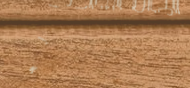
محل بيع منتجات العناية با